Lock hospitals Punjab
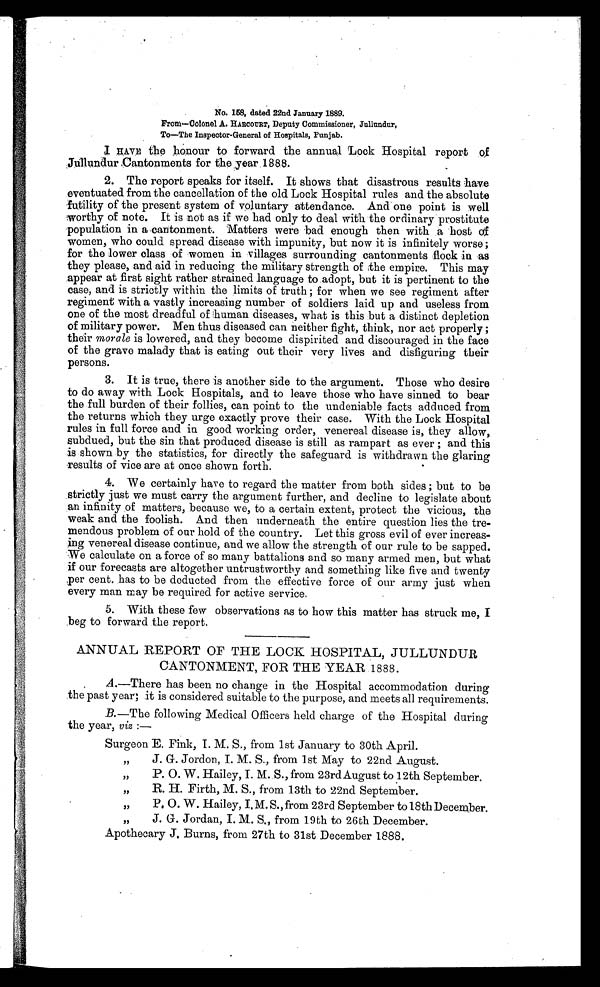
No. 158, dated 22nd January 1889.
F r o m — C o l o n e l A .
H A R C O U R T
,D
e p u t y C o m m i s s i o n e r , J u l l u n d n r ,
To—The Inspector-General of Hospitals, Punjab.
I HAVE the honour to forward the annual Lock Hospital report of
Ju llundur .Cantonments for the year 1888.
2. The report speaks for itself. It shows that disastrous results have
eventuated from the cancellation of the old Lock Hospital rules and the absolute
futility of the present system of voluntary attendance. And one point is well
worthy of note. It is not as if we had only to deal with the ordinary prostitute
population in a cantonment. Matters were bad enough then with a host of
women, who could spread disease with impunity, but now it is infinitely worse;
for the lower class of women in villages surrounding cantonments flock in as
they please, and aid in reducing the military strength of the empire. This may
appear at first sight rather strained language to adopt, but it is pertinent to the
case, and is strictly within the limits of truth ; for when we see regiment after
regiment with a vastly increasing number of soldiers laid up and useless from
one of the most dreadful of human diseases, what is this but a distinct depletion
of military power. Men thus diseased can neither fight, think, nor act properly ;
their morale is lowered, and they become dispirited and discouraged in the face
of the grave malady that is eating out their very lives and disfiguring their
persons.
3. It is true, there is another side to the argument. Those who desire
to do away with Lock Hospitals, and to leave those who have sinned to bear
the full burden of their follies, can point to the undeniable facts adduced from
the returns which they urge exactly prove their case. With the Lock Hospital
rules in full force and in good working order, venereal disease is, they allow,
subdued, but the sin that produced disease is still as rampart as ever ; and this
is shown by the statistics, for directly the safeguard is withdrawn the glaring
results of vice are at once shown forth.
4. We certainly have to regard the matter from both sides ; but to be
strictly just we must carry the argument further, and decline to legislate about
an infinity of matters, because we, to a certain extent, protect the vicious, the
weak and the foolish. And then underneath the entire question lies the tre-
mendous problem of our hold of the country. Let this gross evil of ever increas-
-ing venereal disease continue, and we allow the strength of our rule to be sapped.
We calculate on a force of so many battalions and so many armed men, but what
if our forecasts are altogether untrustworthy and something like five and twenty
per cent. has to be deducted from the effective force of our army just when
every man may be required for active service.
5. With these few observations as to how this matter has struck me, I
beg to forward the report.
ANNUAL REPORT OF THE LOCK HOSPITAL, JULLUNDUR
CANTONMENT, FOR THE YEAR 1888.
A.—There has been no change in the Hospital accommodation during
the past year; it is considered suitable to the purpose, and meets all requirements.
B.—The following Medical Officers held charge of the Hospital during
the year, viz : —
Surgeon E. Fink, I. M. S., from 1st January to 30th April.
" J.G. Jordon, I. M. S., from 1st May to 22nd August.
" P. 0. W. Hailey, I. M. S., from 23rd August to 12th September.
" R. H. Firth, M. S., from 13th to 22nd September.
" P. 0. W. Hailey, ,M. S., from 23rd September to 18th December.
" J. G. Jordan, I. M. S., from 19th to 26th December.
Apothecary J. Burns, from 27th to 31st December 1888.